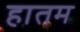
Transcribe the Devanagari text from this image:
हातम